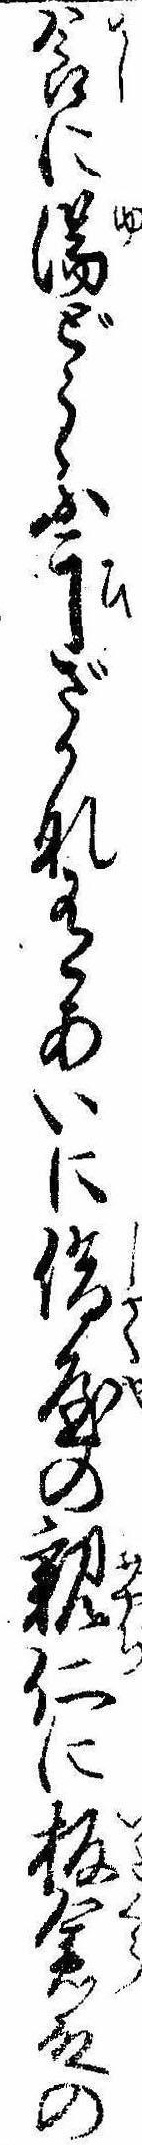
食に湯どうふ干ざかな有あいに借屋の親仁に板倉殿の